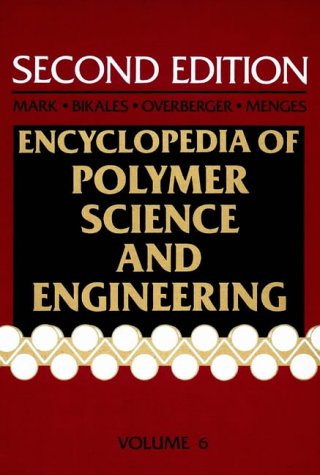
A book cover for Emulsion Polymerization to Fibers, Manufacture, Volume 6, Encyclopedia of Polymer Science and Engineering, 2nd Edition; Science & Math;